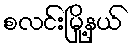
စလင်းမြို့နယ်